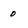
Character: 0